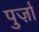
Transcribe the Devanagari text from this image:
पुर्ज़ा